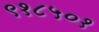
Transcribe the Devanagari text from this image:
९१८५०१